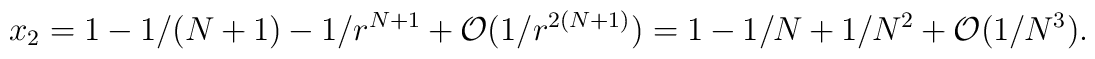
x_2=1-1/(N+1) - 1/r^{N+1} + {\cal O}\bigl( 1/r^{2(N+1)} \bigr)= 1-1/N + 1/N^{2} + {\cal O}\bigl(1/N^3 \bigr).